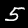
Digit: 5